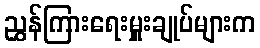
ညွှန်ကြားရေးမှူးချုပ်များက